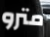
مترو